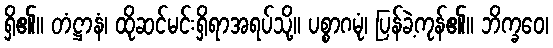
ရှိ၏။ တံဋ္ဌာနံ၊ ထိုဆင်မင်းရှိရာအရပ်သို့။ ပစ္စာဂမုံ၊ ပြန်ခဲ့ကုန်၏။ ဘိက္ခဝေ၊